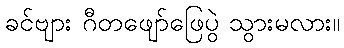
ခင်ဗျား ဂီတဖျော်ဖြေပွဲ သွားမလား။